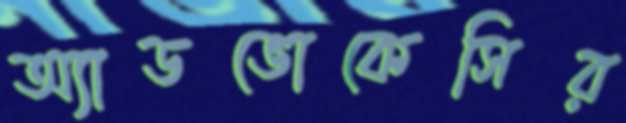
অ্যাডভোকেসির